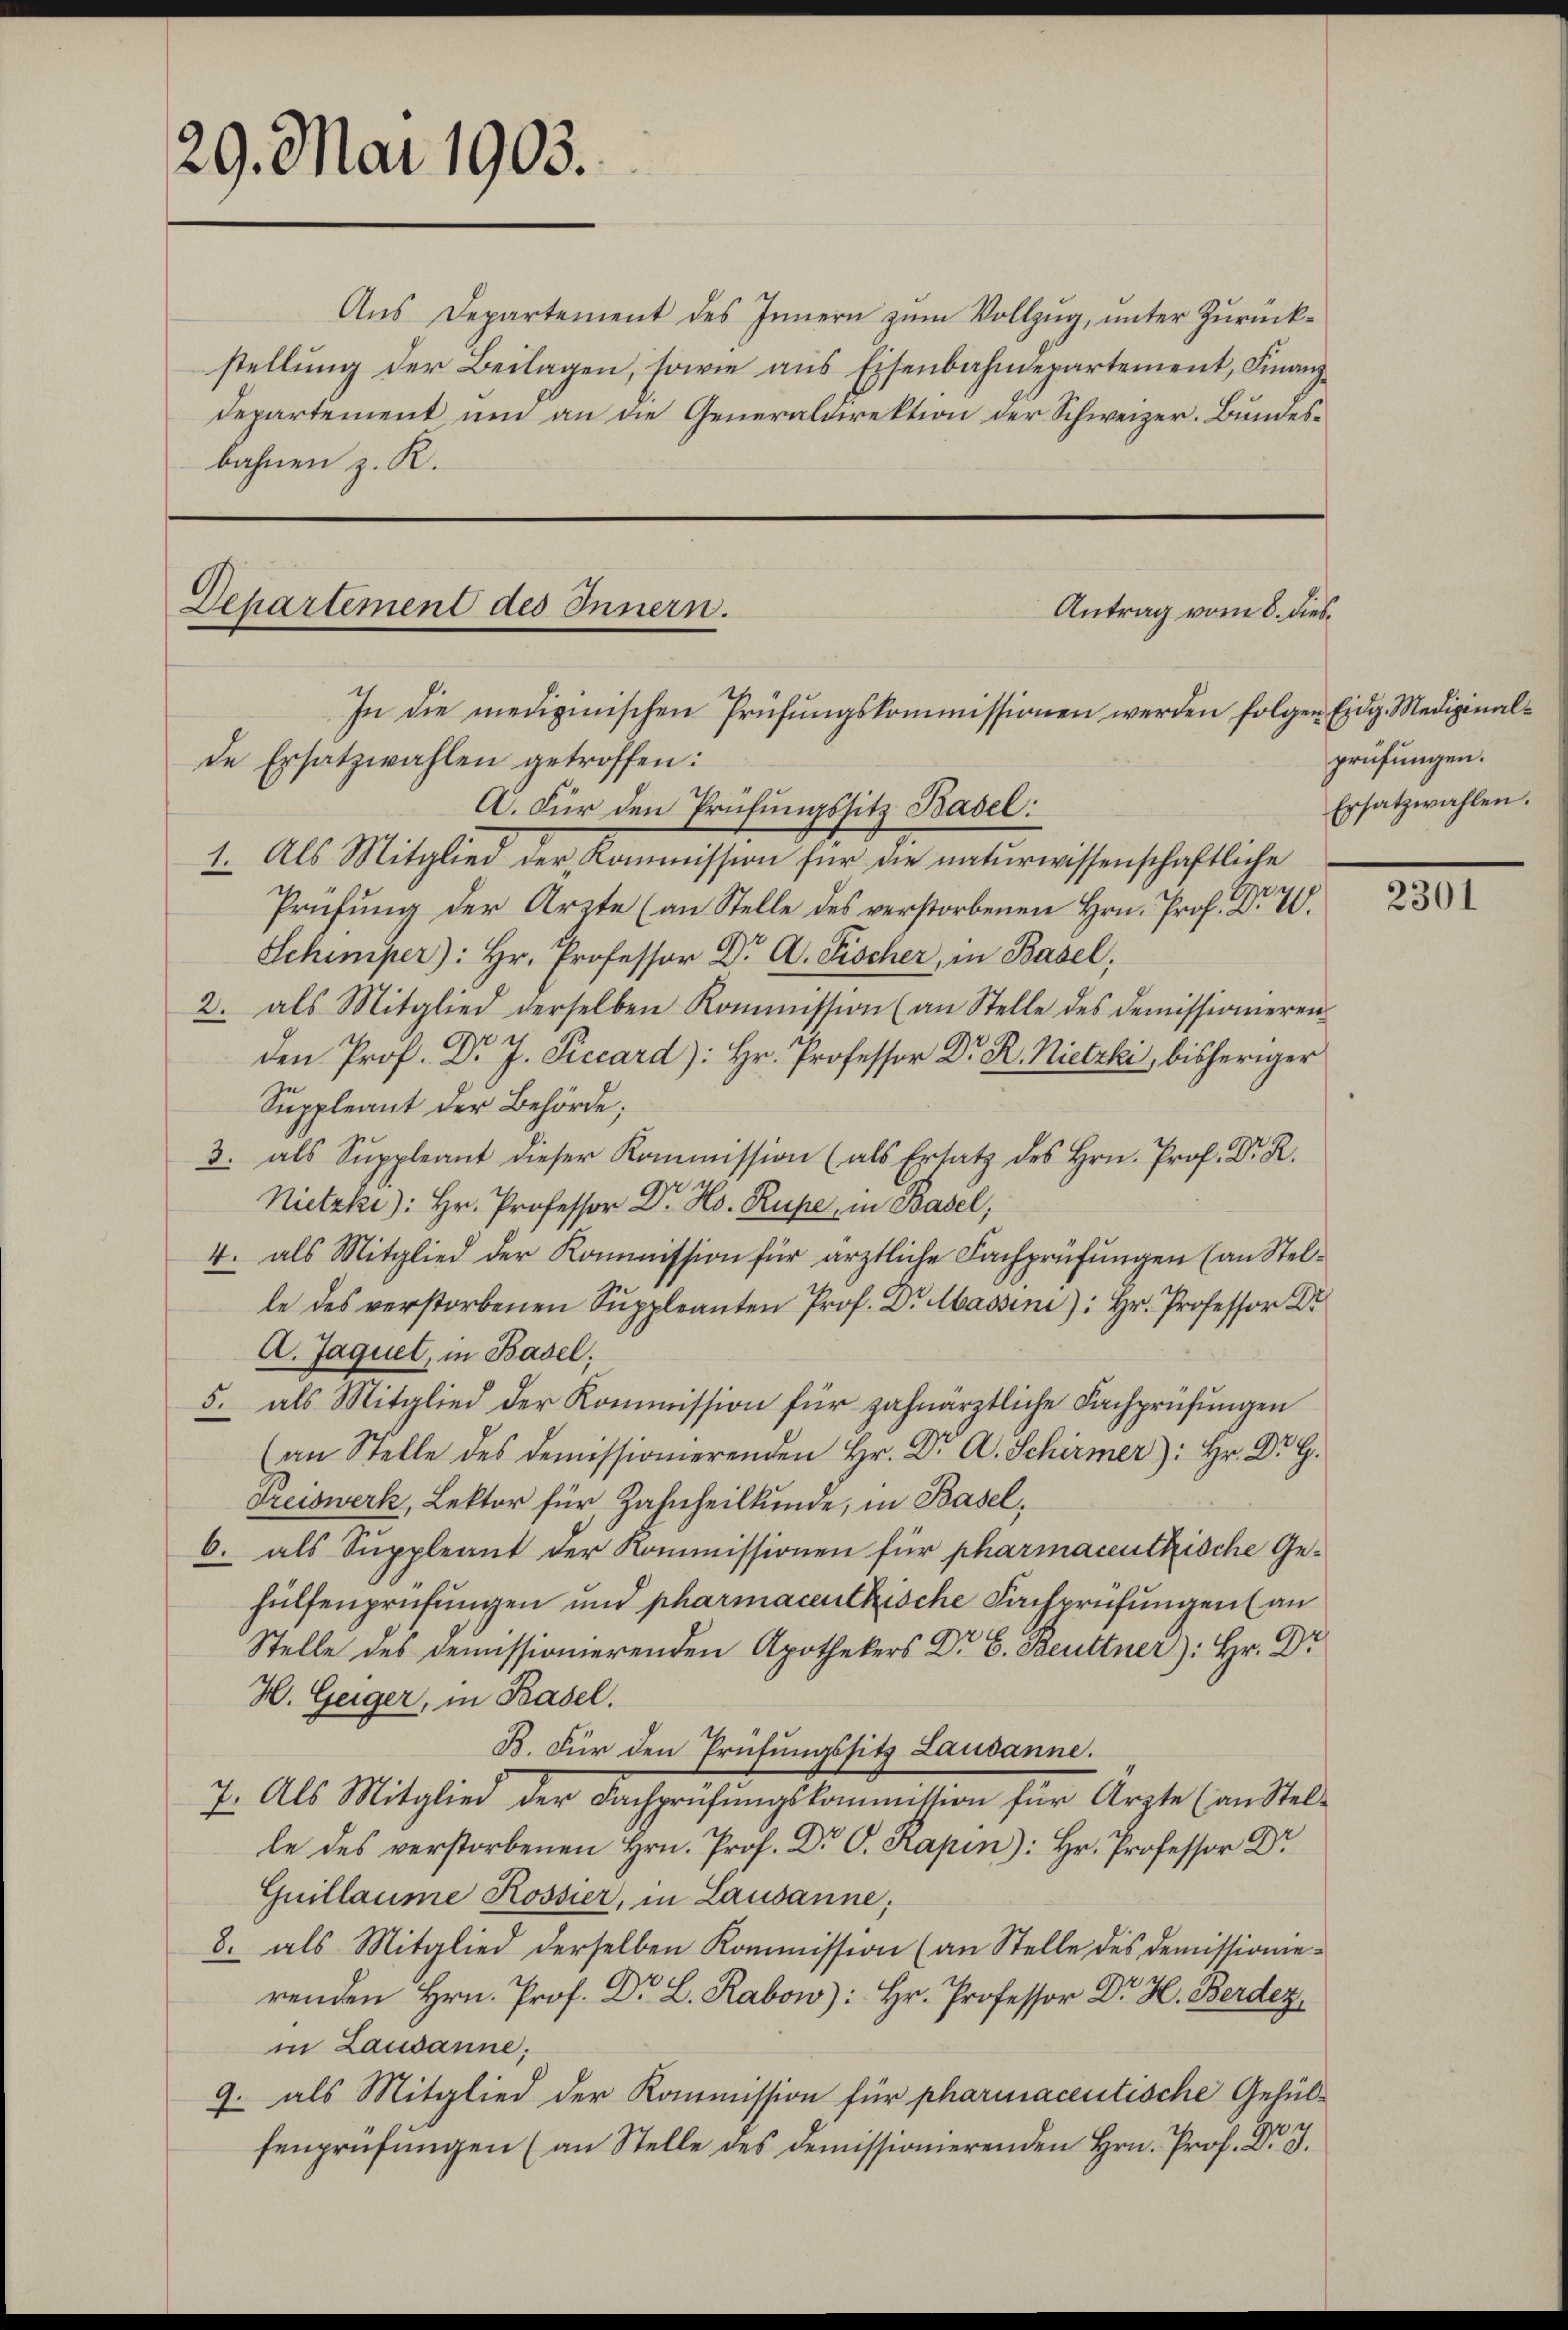
29. Mai 1903.

Aŭs Departement des Innern zŭm Vollzŭg, ŭnter Zŭrück-
stellung der Beilagen, sowie aus Eisenbahndepartement, Finanz¬
Departement um an die Generaldirektion der Schweizer. Bundesbahnen z. R.

Dehartement des Innern.
In die medizinischen Prüfungskommissionen werden folgen Eidg. Medizinalde Ersatzwahlen getroffen:
A. Für den Prüfungssitz Basel:

Antrag vom 8. dies¬

1. Als Mitglied der Kommission für die naturwissenschaftliche
Prüfŭng der Arzte (an Stelle des verstorbenen Hrn. Prof. Dr. 20.
Schimper): Hr. Professor Dr A. Fischer, in Basel,
2. als Mitglied derselben Kommission (an Stelle des Demissionieren
den Prof. Dr J. Piccard): Hr. Professor Dr. R. Nietzki, bisheriger
Suppleant der Behörde;
3. als Suppleant dieser Kommission (als Ersatz des Hrn. Prof. Dr. R.
Nietzki): Hr. Professor Dr. Hs. Rupe, in Basel,
4. als Mitglied der Kommission für ärztliche Fachprüfungen (an Stelle des verstorbenen Suppleanten Prof. Dr Massen): Hr. Professor Dr
A. Jaquel, in Basel;
5. als Mitglied der Kommission für zahnärztliche Fachprüfungen
(an Stelle des demissionierenden Hr. Dr A. Schirmer): Hr. Dr G.
Preiswerk, Lektor für Zahnheilkunde, in Basel,
6. als Suppleant der Kommissionen für pharmaceutkische Gehülfenprüfungen und pharmacentkische Fachprüfungen (an
Stelle des Demissionierenden Apothekers Dr. Bett.
H. Geiger, in Basel.
B. Für den Prüfungssitz Lausanne.
7. Als Mitglied der Fachprüfŭngskommission für Arzte (an Stel-
le des verstorbenen Hrn. Prof. Dr. C. Kapin): Hr. Professor Dr.
Guillaume Rossier, in Lausanne;
8. als Mitglied derselben Kommission (an Stelle des Demissionie-
renden Hrn. Prof. Dr. L. Rabow): Hr. Professor Dr H. Berden,
in Lausanne;
9. als Mitglied der Kommission für pharmacentische Gehüle
fenprüfŭngen (an Stelle des demissionierenden Hrn. Prof. D. 3.

prüfungen.
Ersatzwahlen.

2301